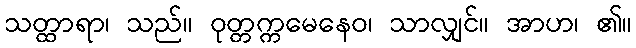
သတ္ထာရာ၊ သည်။ ဝုတ္တက္ကမေနေဝ၊ သာလျှင်။ အာဟ၊ ၏။